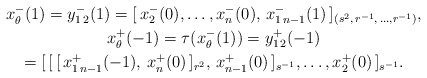
\begin{gather*}x^-_{\theta}(1)=y_{1\,2}^-(1)=[\,x_2^-(0),\ldots, x_n^-(0),\,x_{1\,n-1}^-(1)\,]_{(s^2,\,r^{-1},\,\ldots,r^{-1})},\\x_{\theta}^+(-1)=\tau(x^-_{\theta}(1))=y_{1\,2}^+(-1)\\=[\,[\,[\,x_{1\,n-1}^+(-1),\,x_n^+(0)\,]_{r^2},\,x_{n-1}^+(0)\,]_{s^{-1}},\ldots, x_2^+(0)\,]_{s^{-1}}.\end{gather*}